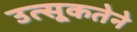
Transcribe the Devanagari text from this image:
उत्सूकतेने